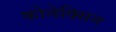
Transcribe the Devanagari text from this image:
कोनेक्सिन